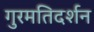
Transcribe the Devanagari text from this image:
गुरमतिदर्शन